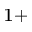
^ { 1 + }